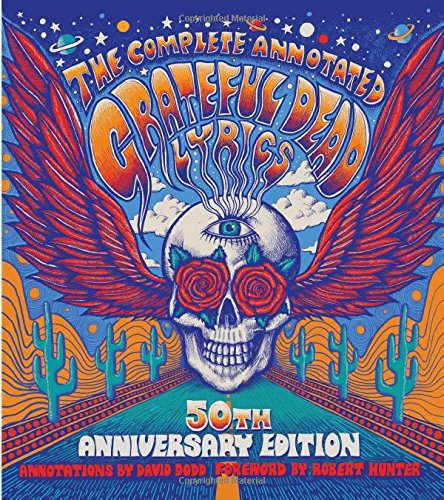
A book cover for The Complete Annotated Grateful Dead Lyrics; Humor & Entertainment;